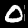
Digit: 0